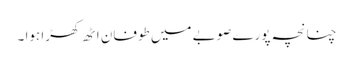
چنانچہ پورے صوبے میں طوفان اٹھ کھڑا ہوا ۔